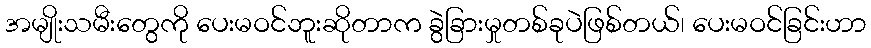
အမျိုးသမီးတွေကို ပေးမဝင်ဘူးဆိုတာက ခွဲခြားမှုတစ်ခုပဲဖြစ်တယ်၊ ပေးမဝင်ခြင်းဟာ